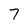
Character: 7